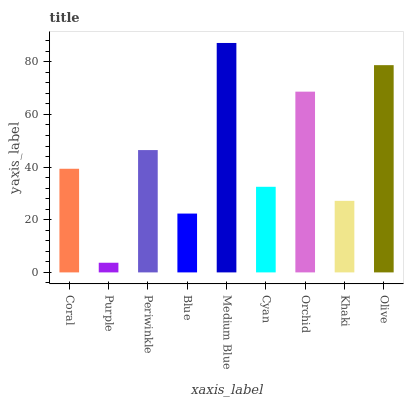
| xaxis_label | bars |
 | --- | --- |
 | Coral | 39.4 |
 | Purple | 3.67 |
 | Periwinkle | 46.5 |
 | Blue | 22.3 |
 | Medium Blue | 87.1 |
 | Cyan | 32.5 |
 | Orchid | 68.6 |
 | Khaki | 27.2 |
 | Olive | 78.7 |